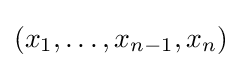
(x_{1},\ldots ,x_{n-1},x_{n})